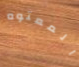
المعتوه